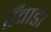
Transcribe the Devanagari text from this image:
पँवाडा